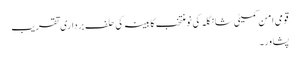
قومی امن کمیٹی شانگلہ کی نومنتخب کابینہ کی حلف برداری تقریب
پشاور۔